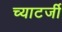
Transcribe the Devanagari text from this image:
च्याटर्जी